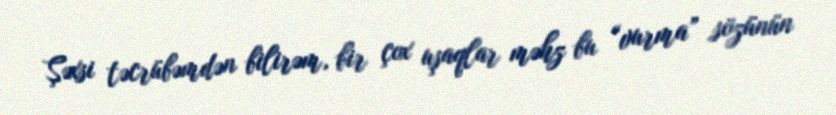
Şəxsi təcrübəmdən bilirəm, bir çox uşaqlar məhz bu “vurma” sözünün